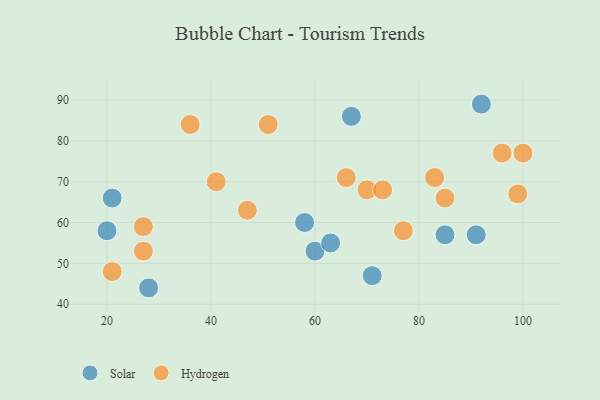
{"axis": {"x": "GDP", "y": "Life Expectancy"}, "legend": ["Hydrogen", "Solar"], "data": [{"x": "71", "y": 47, "type": "Solar"}, {"x": "85", "y": 57, "type": "Solar"}, {"x": "60", "y": 53, "type": "Solar"}, {"x": "21", "y": 66, "type": "Solar"}, {"x": "28", "y": 44, "type": "Solar"}, {"x": "67", "y": 86, "type": "Solar"}, {"x": "91", "y": 57, "type": "Solar"}, {"x": "20", "y": 58, "type": "Solar"}, {"x": "63", "y": 55, "type": "Solar"}, {"x": "92", "y": 89, "type": "Solar"}, {"x": "58", "y": 60, "type": "Solar"}, {"x": "27", "y": 53, "type": "Hydrogen"}, {"x": "41", "y": 70, "type": "Hydrogen"}, {"x": "70", "y": 68, "type": "Hydrogen"}, {"x": "85", "y": 66, "type": "Hydrogen"}, {"x": "27", "y": 59, "type": "Hydrogen"}, {"x": "100", "y": 77, "type": "Hydrogen"}, {"x": "96", "y": 77, "type": "Hydrogen"}, {"x": "66", "y": 71, "type": "Hydrogen"}, {"x": "77", "y": 58, "type": "Hydrogen"}, {"x": "83", "y": 71, "type": "Hydrogen"}, {"x": "36", "y": 84, "type": "Hydrogen"}, {"x": "21", "y": 48, "type": "Hydrogen"}, {"x": "99", "y": 67, "type": "Hydrogen"}, {"x": "73", "y": 68, "type": "Hydrogen"}, {"x": "47", "y": 63, "type": "Hydrogen"}, {"x": "51", "y": 84, "type": "Hydrogen"}]}